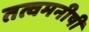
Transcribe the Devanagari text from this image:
तत्वमनीषी